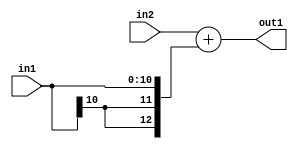
`timescale 1ps / 1ps
/*****************************************************************************
    Verilog RTL Description
    
    
    Created by: Stratus DpOpt 2019.1.01 
*******************************************************************************/

module SobelFilter_Add_13Sx11S_13S_4 (
	in2,
	in1,
	out1
	); /* architecture "behavioural" */ 
input [12:0] in2;
input [10:0] in1;
output [12:0] out1;
wire [12:0] asc001;

assign asc001 = 
	+(in2)
	+({{2{in1[10]}}, in1});

assign out1 = asc001;
endmodule

/* CADENCE  ubP0SA8= : u9/ySgnWtBlWxVPRXgAZ4Og= ** DO NOT EDIT THIS LINE ******/